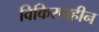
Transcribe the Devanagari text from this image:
विकिरणहीन